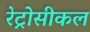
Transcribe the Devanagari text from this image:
रेट्रोसीकल